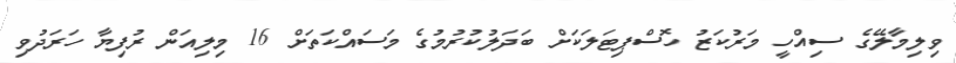
ވިލިމާލޭގެ ސިއްހީ މަރުކަޒު ހޮސްޕިޓަލަކަށް ބަދަލުކުރުމުގެ މަސައްކަތަށް 16 މިލިއަން ރުފިޔާ ހަރަދުވި